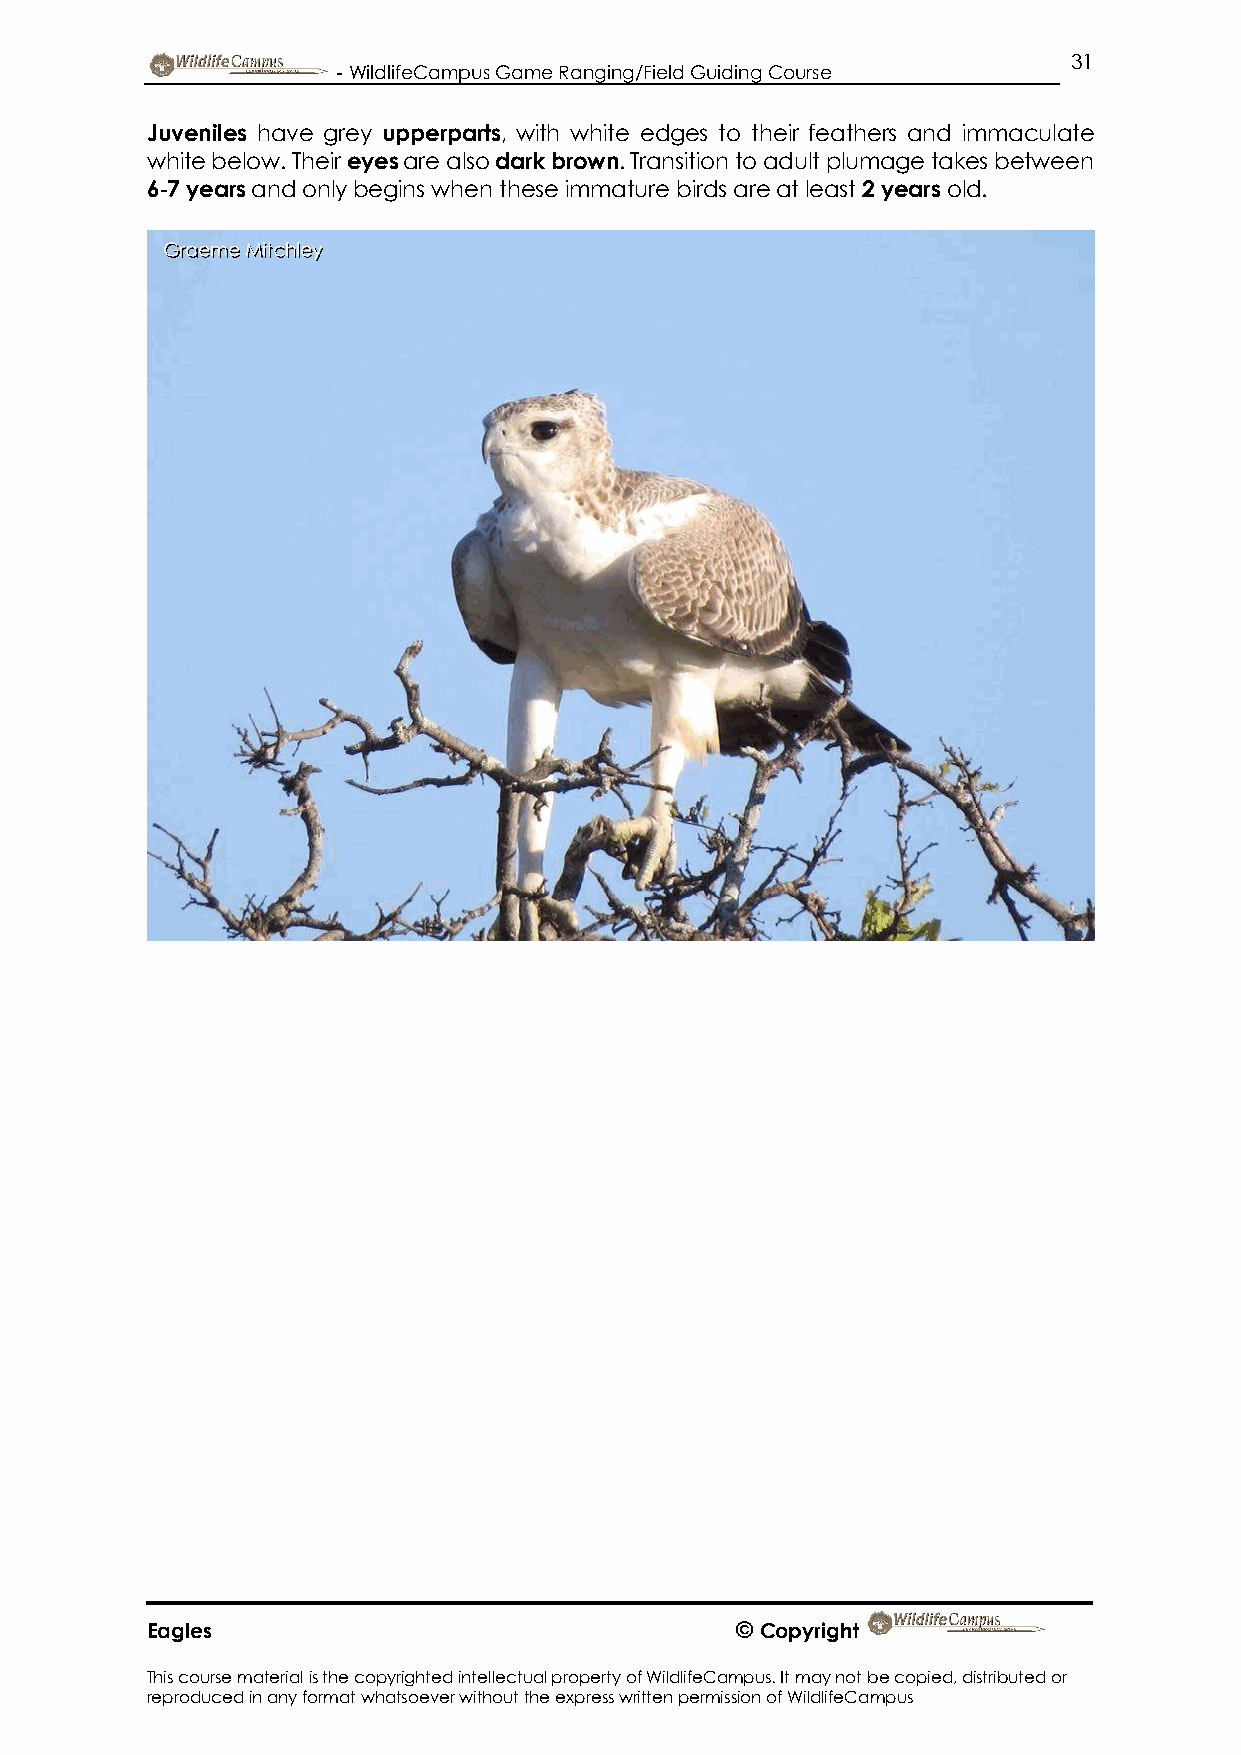
31
 - WildlifeCampus Game Ranging/Field Guiding Course
 Juveniles have grey upperparts, with white edges to their feathers and immaculate
 white below. Their eyes are also dark brown. Transition to adult plumage takes between
 6-7 years and only begins when these immature birds are at least 2 years old.
 Graeme Mitchley
 Eagles                                 © Copyright
 This course material is the copyrighted intellectual property of WildlifeCampus. It may not be copied, distributed or
 reproduced in any format whatsoever without the express written permission of WildlifeCampus